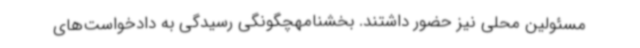
مسئولین محلی نیز حضور داشتند. بخشنامهچگونگی رسیدگی به دادخواست‌های